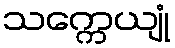
သက္ကေယျုံ